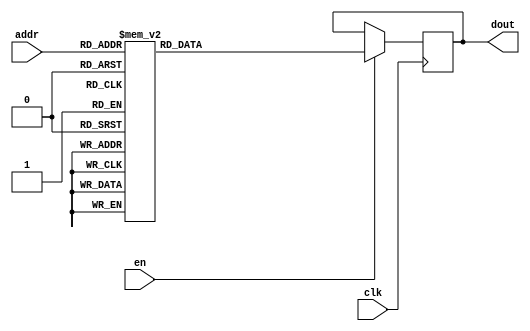
`timescale 1ns / 1ps
/*
Copyright
All right reserved.
Module Name: rom_syn
Author  : Zichuan Liu, Yixing Li and Wenye Liu.
Description:
A synthesized ROM: ROM_DEP x ROM_WID
*/
module EC_1_REF_ROM_5(
// inputs
clk,
en,
addr,
// outputs
dout
);
localparam ROM_WID = 12;
localparam ROM_DEP = 32;
localparam ROM_ADDR = 5;
// input definition
input clk;
input en;
input [ROM_ADDR-1:0] addr;
// output definition
output [ROM_WID-1:0] dout;
reg [ROM_WID-1:0] data;
always @(posedge clk)
begin
if (en) begin
case(addr)
		5'd0: data <= 12'b010010111001;
		5'd1: data <= 12'b010010000100;
		5'd2: data <= 12'b010011011100;
		5'd3: data <= 12'b010001110110;
		5'd4: data <= 12'b010000111111;
		5'd5: data <= 12'b010011100010;
		5'd6: data <= 12'b010000001100;
		5'd7: data <= 12'b010010101111;
		5'd8: data <= 12'b010011101011;
		5'd9: data <= 12'b010010000001;
		5'd10: data <= 12'b010001000111;
		5'd11: data <= 12'b010010001001;
		5'd12: data <= 12'b010011001001;
		5'd13: data <= 12'b010001111011;
		5'd14: data <= 12'b010011010110;
		5'd15: data <= 12'b010000101111;
		5'd16: data <= 12'b010010101110;
		5'd17: data <= 12'b010010111010;
		5'd18: data <= 12'b010011101001;
		5'd19: data <= 12'b010011000110;
		5'd20: data <= 12'b010000011001;
		5'd21: data <= 12'b010011100110;
		5'd22: data <= 12'b010101100111;
		5'd23: data <= 12'b010001011010;
		5'd24: data <= 12'b010010101000;
		5'd25: data <= 12'b010011001010;
		5'd26: data <= 12'b010001001001;
		5'd27: data <= 12'b010010010001;
		5'd28: data <= 12'b010010111111;
		5'd29: data <= 12'b010010110101;
		5'd30: data <= 12'b010010100010;
		5'd31: data <= 12'b010010000111;
		endcase
		end
	end
	assign dout = data;
endmodule